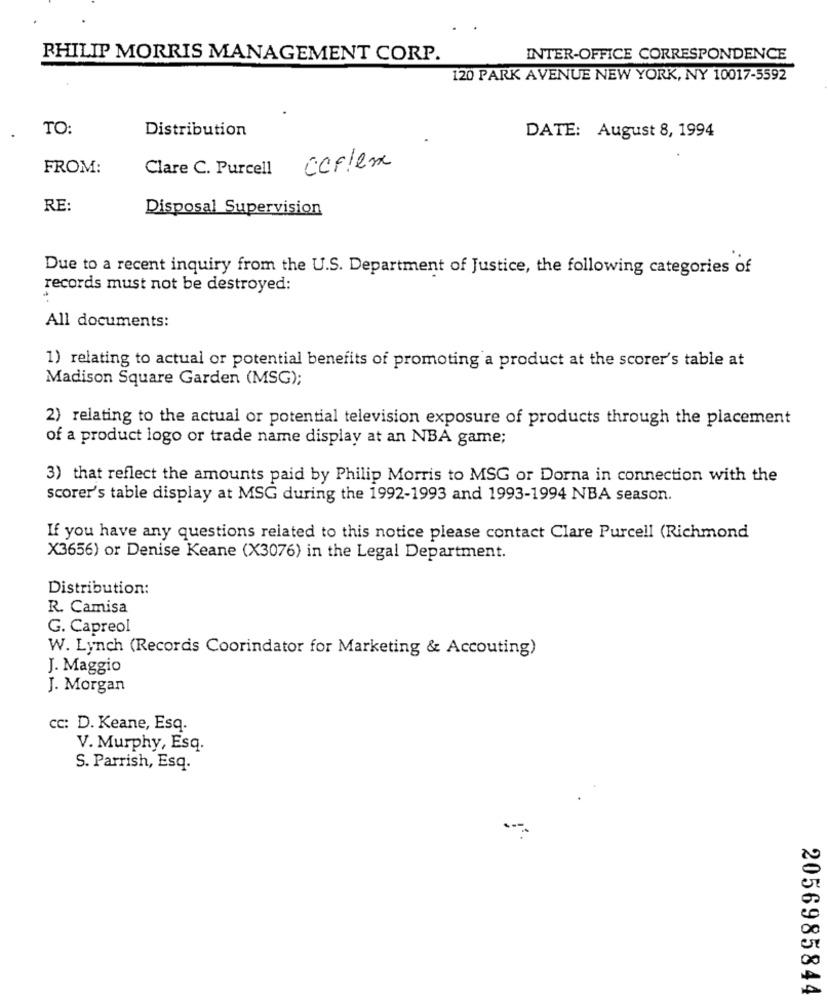
PHILIP MORRIS MANAGEMENT CORP.
INTER-OFFICE CORRESPONDENCE
120 PARK AVENUE NEW YORK, NY 10017-5592
TO:
Distribution
DATE: August 8, 1994
FROM:
Clare C. Purcell
carlex
RE:
Disposal Supervision
Due to a recent inquiry from the U.S. Department of Justice, the following categories of
records must not be destroyed:
All documents:
1) relating to actual or potential benefits of promoting a product at the scorer's table at
Madison Square Garden (MSG);
2) relating to the actual or potential television exposure of products through the placement
of a product logo or trade name display at an NBA game;
3) that reflect the amounts paid by Philip Morris to MSG or Dorna in connection with the
scorer's table display at MSG during the 1992-1993 and 1993-1994 NBA season.
If you have any questions related to this notice please contact Clare Purcell (Richmond
X3656) or Denise Keane (X3076) in the Legal Department.
Distribution:
R. Camisa
G. Capreol
W. Lynch (Records Coorindator for Marketing & Accouting)
J. Maggio
J. Morgan
cc: D. Keane, Esq.
V. Murphy, Esq.
S. Parrish, Esq.
2056985844